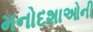
મનોદશાઓની